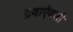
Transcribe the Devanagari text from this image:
द्रवाऐवजी